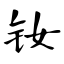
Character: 钕